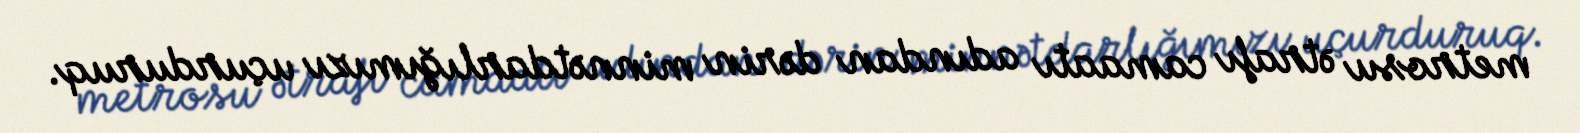
metrosu ətrafı camaatı adından dərin minnətdarlığımızı uçurduruq.